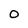
Character: o